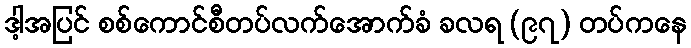
ဒါ့အပြင် စစ်ကောင်စီတပ်လက်အောက်ခံ ခလရ (၉၇) တပ်ကနေ